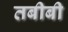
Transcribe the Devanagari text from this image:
तबीबी